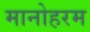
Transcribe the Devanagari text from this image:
मानोहरम